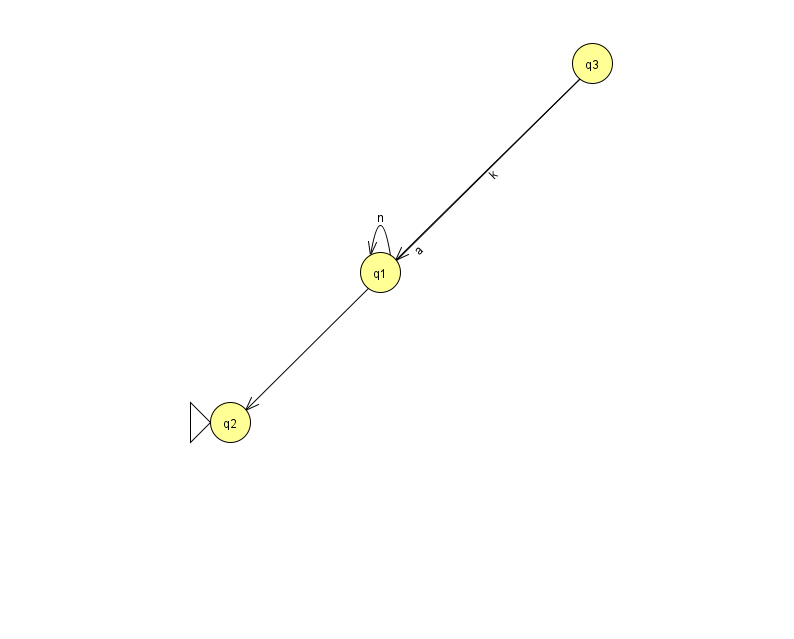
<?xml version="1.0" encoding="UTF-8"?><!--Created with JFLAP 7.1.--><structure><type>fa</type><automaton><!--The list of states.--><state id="1" name="q1"><x>380.0</x><y>259.0</y></state><state id="2" name="q2"><x>230.0</x><y>409.0</y><initial/></state><state id="3" name="q3"><x>592.0</x><y>50.0</y></state><!--The list of transitions.--><transition><from>3</from><to>1</to><read>k</read></transition><transition><from>3</from><to>2</to><read>a</read></transition><transition><from>1</from><to>1</to><read>n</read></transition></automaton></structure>